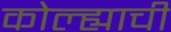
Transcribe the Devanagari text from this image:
कोल्ह्याची